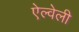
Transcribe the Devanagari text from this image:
ऐल्वेली